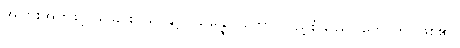
အပြားအားဖြင့် သိခြင်းပညာနှင့်။ သမန္နာဂတော၊ ပြည့်စုံသည်။ ဟောတိ၊ ဖြစ်၏။